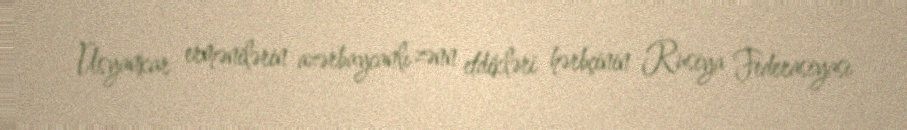
Üsyankar ermənilərin azərbaycanlı zənn etdikləri hərbçinin Rusiya Federasiyası